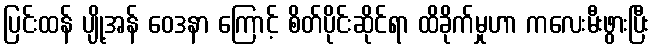
ပြင်းထန် ပျို့အန် ဝေဒနာ ကြောင့် စိတ်ပိုင်းဆိုင်ရာ ထိခိုက်မှုဟာ ကလေးမီးဖွားပြီး